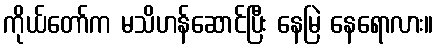
ကိုယ်တော်က မသိဟန်ဆောင်ပြီး နေမြဲ နေရောလား။